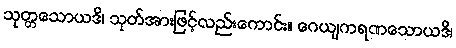
သုတ္တသောယဒိ၊ သုတ်အားဖြင့်လည်းကောင်း။ ဂေယျကရဏသောယဒိ၊